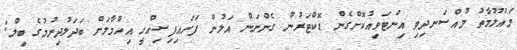
މައުލޫމާތު މުއްސަނދިވި އިންޓަވިއުކޮށްގެން ޑޮކްޓަރުން ގެންނަން އަލުން ފަށައިފިސިއްހީ އިހްމާލަށް ބަދަލުދިނުމުގެ ބިލް: